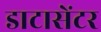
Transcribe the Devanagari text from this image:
डाटासेंटर